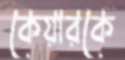
কেয়ারকে